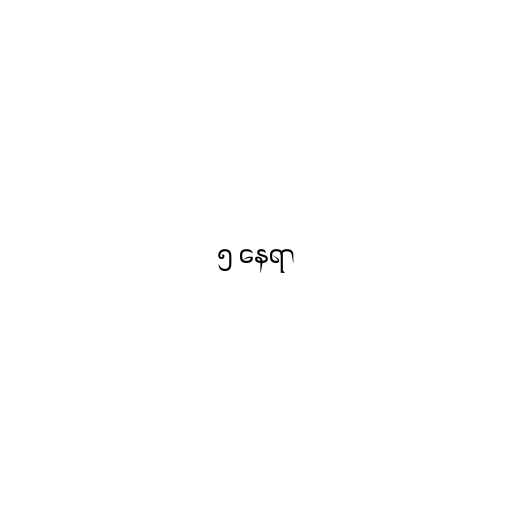
၅ နေရာ